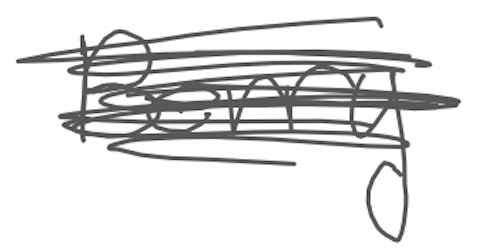
Text: Berry
Cross-out: scratch
Writing tool: digital_gray